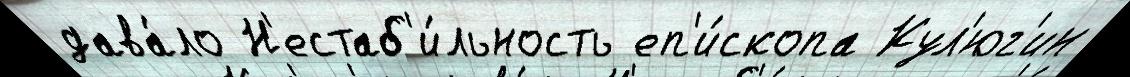
дава́ло Н'естаб'и́льность еп'и́скопа Кул'юг'ин